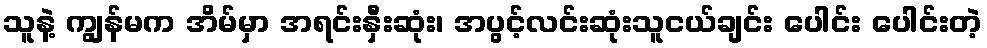
သူနဲ့ ကျွန်မက အိမ်မှာ အရင်းနှီးဆုံး၊ အပွင့်လင်းဆုံးသူငယ်ချင်း ပေါင်း ပေါင်းတဲ့